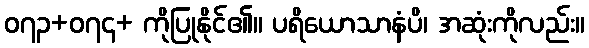
၀၇၃+၀၇၄+ ကိုပြုနိုင်၏။ ပရိယောသာနံပိ၊ အဆုံးကိုလည်း။